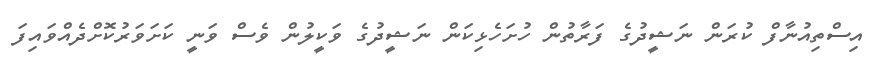
އިސްތިއުނާފް ކުރަން ނަޝީދުގެ ފަރާތުން ހުށަހެޅިކަން ނަޝީދުގެ ވަކީލުން ވެސް ވަނީ ކަށަވަރުކޮށްދެއްވައިފަ